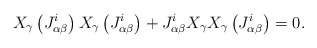
\begin{align*}X_\gamma\left(J_{\alpha\beta}^{i}\right)X_\gamma\left(J_{\alpha\beta}^{i}\right)+J_{\alpha\beta}^{i}X_\gamma X_\gamma\left(J_{\alpha\beta}^{i}\right)=0.\end{align*}